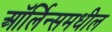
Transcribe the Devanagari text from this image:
ऑर्लिन्समधील